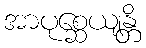
အာပုစ္ဆေယျန္တိ